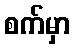
စက်မှာ